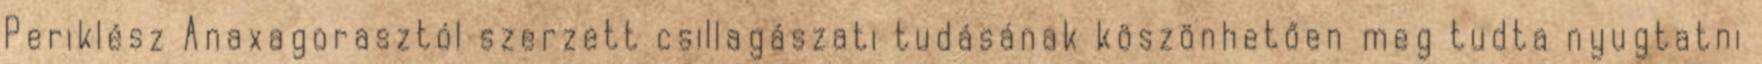
Periklész Anaxagorasztól szerzett csillagászati tudásának köszönhetően meg tudta nyugtatni